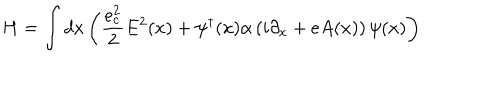
LaTeX: H = \int d x \left( \frac { e _ { c } ^ { 2 } } { 2 } E ^ { 2 } ( x ) + \psi ^ { \dagger } ( x ) \alpha \left( i \partial _ { x } + e A ( x ) \right) \psi ( x ) \right)